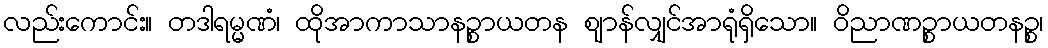
လည်းကောင်း။ တဒါရမ္မဏံ၊ ထိုအာကာသာနဉ္စာယတန ဈာန်လျှင်အာရုံရှိသော။ ဝိညာဏဉ္စာယတနဉ္စ၊